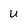
Character: u